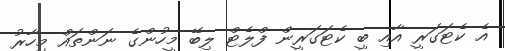
އެ ކެޓަގަރީ އާއި ބީ ކެޓަގަރީން ފްލެޓް ލިބޭ މީހުންގެ ނަންތައް މިހާރު